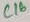
Text: C16